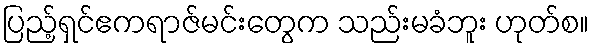
ပြည့်ရှင်ဧကရာဇ်မင်းတွေက သည်းမခံဘူး ဟုတ်စ။